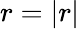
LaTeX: r=|r|